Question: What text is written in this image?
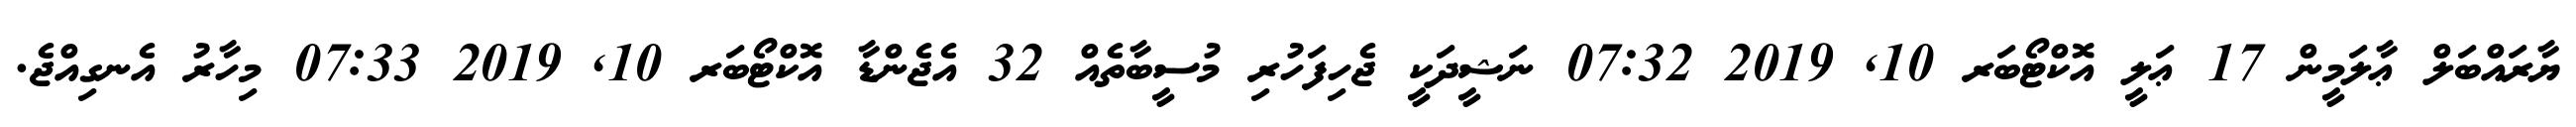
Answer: ޔާރައްބަލް ޢާލަމީން 17 ޢަލީ އޮކްޓޯބަރ 10, 2019 07:32 ނަޝީދަކީ ޖެހިފަހުރި މުސީބާތެއް 32 އެޖެންޑާ އޮކްޓޯބަރ 10, 2019 07:33 މިހާރު އެނގިއްޖެ.